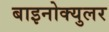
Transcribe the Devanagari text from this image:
बाइनोक्युलर